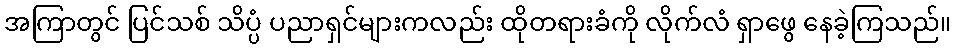
အကြာတွင် ပြင်သစ် သိပ္ပံ ပညာရှင်များကလည်း ထိုတရားခံကို လိုက်လံ ရှာဖွေ နေခဲ့ကြသည်။